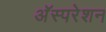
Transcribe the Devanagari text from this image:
अॅस्परेशन